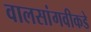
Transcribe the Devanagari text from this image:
वालसांगवीकडे